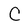
Character: C